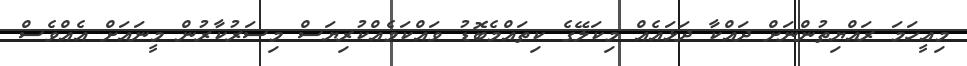
މިއީހަމަ ރައްޔިތުންނަށް ދައްކާ ދަޅައެއް މިކަލޭގެ ކިތައްމެބޮޑު ވައްކަމެއްކުރިޔަސް މިސަރުކާރުން މީނައަށް އެއްވެސް